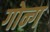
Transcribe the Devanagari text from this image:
गोन्ग